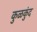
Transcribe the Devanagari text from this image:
कुळकुंद